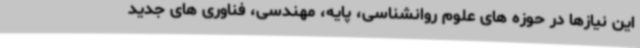
این نیازها در حوزه های علوم روانشناسی، پایه، مهندسی، فناوری های جدید